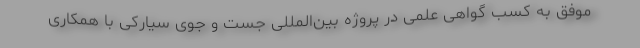
موفق به کسب گواهی علمی در پروژه بین‌المللی جست و جوی سیارکی با همکاری